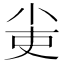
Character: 𡭭